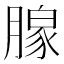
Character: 𬂎